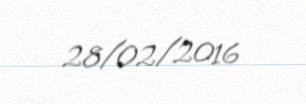
28/02/2016